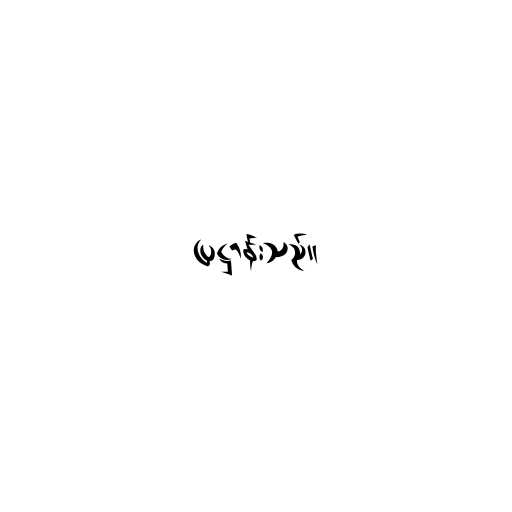
ပြဋ္ဌာန်းသည်။